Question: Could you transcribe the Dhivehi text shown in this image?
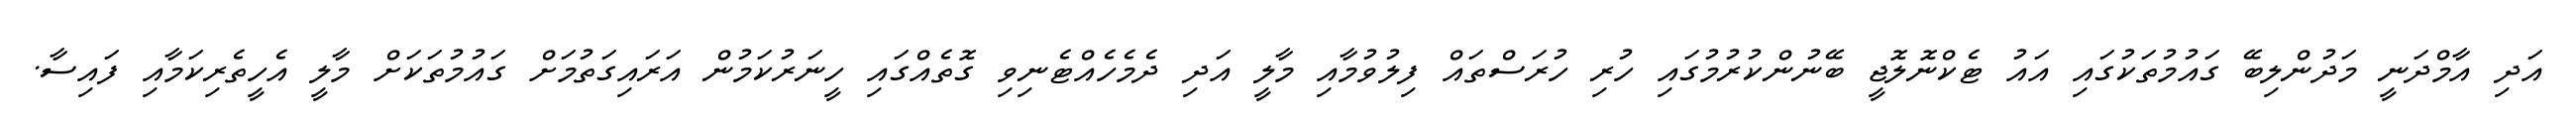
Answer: އަދި އާމްދަނީ މަދުންލިބޭ ގައުމުތަކުގައި އައު ޓެކްނޮލޮޖީ ބޭނުންކުރުމުގައި ހުރި ހުރަސްތައް ފިލުވުމާއި މާލީ އަދި ދެމެހެއްޓެނިވި ގޮތެއްގައި ހީނަރުކަމުން އަރައިގަތުމަށް ގައުމުތަކަށް މާލީ އެހީތެރިކަމާއި ފައިސާ.